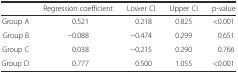
|  | Regression coefficient | Lower CI | Upper CI | p-value |
 | --- | --- | --- | --- | --- |
 | Group A | 0.521 | 0.218 | 0.825 | <0.001 |
 | Group B | −0.088 | −0.474 | 0.299 | 0.651 |
 | Group C | 0.038 | −0.215 | 0.290 | 0.766 |
 | Group D | 0.777 | 0.500 | 1.055 | <0.001 |